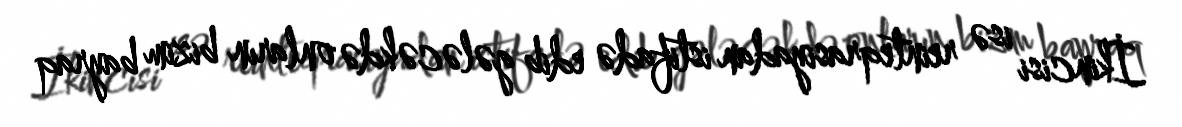
İkincisi isə reinteqrasiyadan istifadə edib gələcəkdə onların bizim bayraq